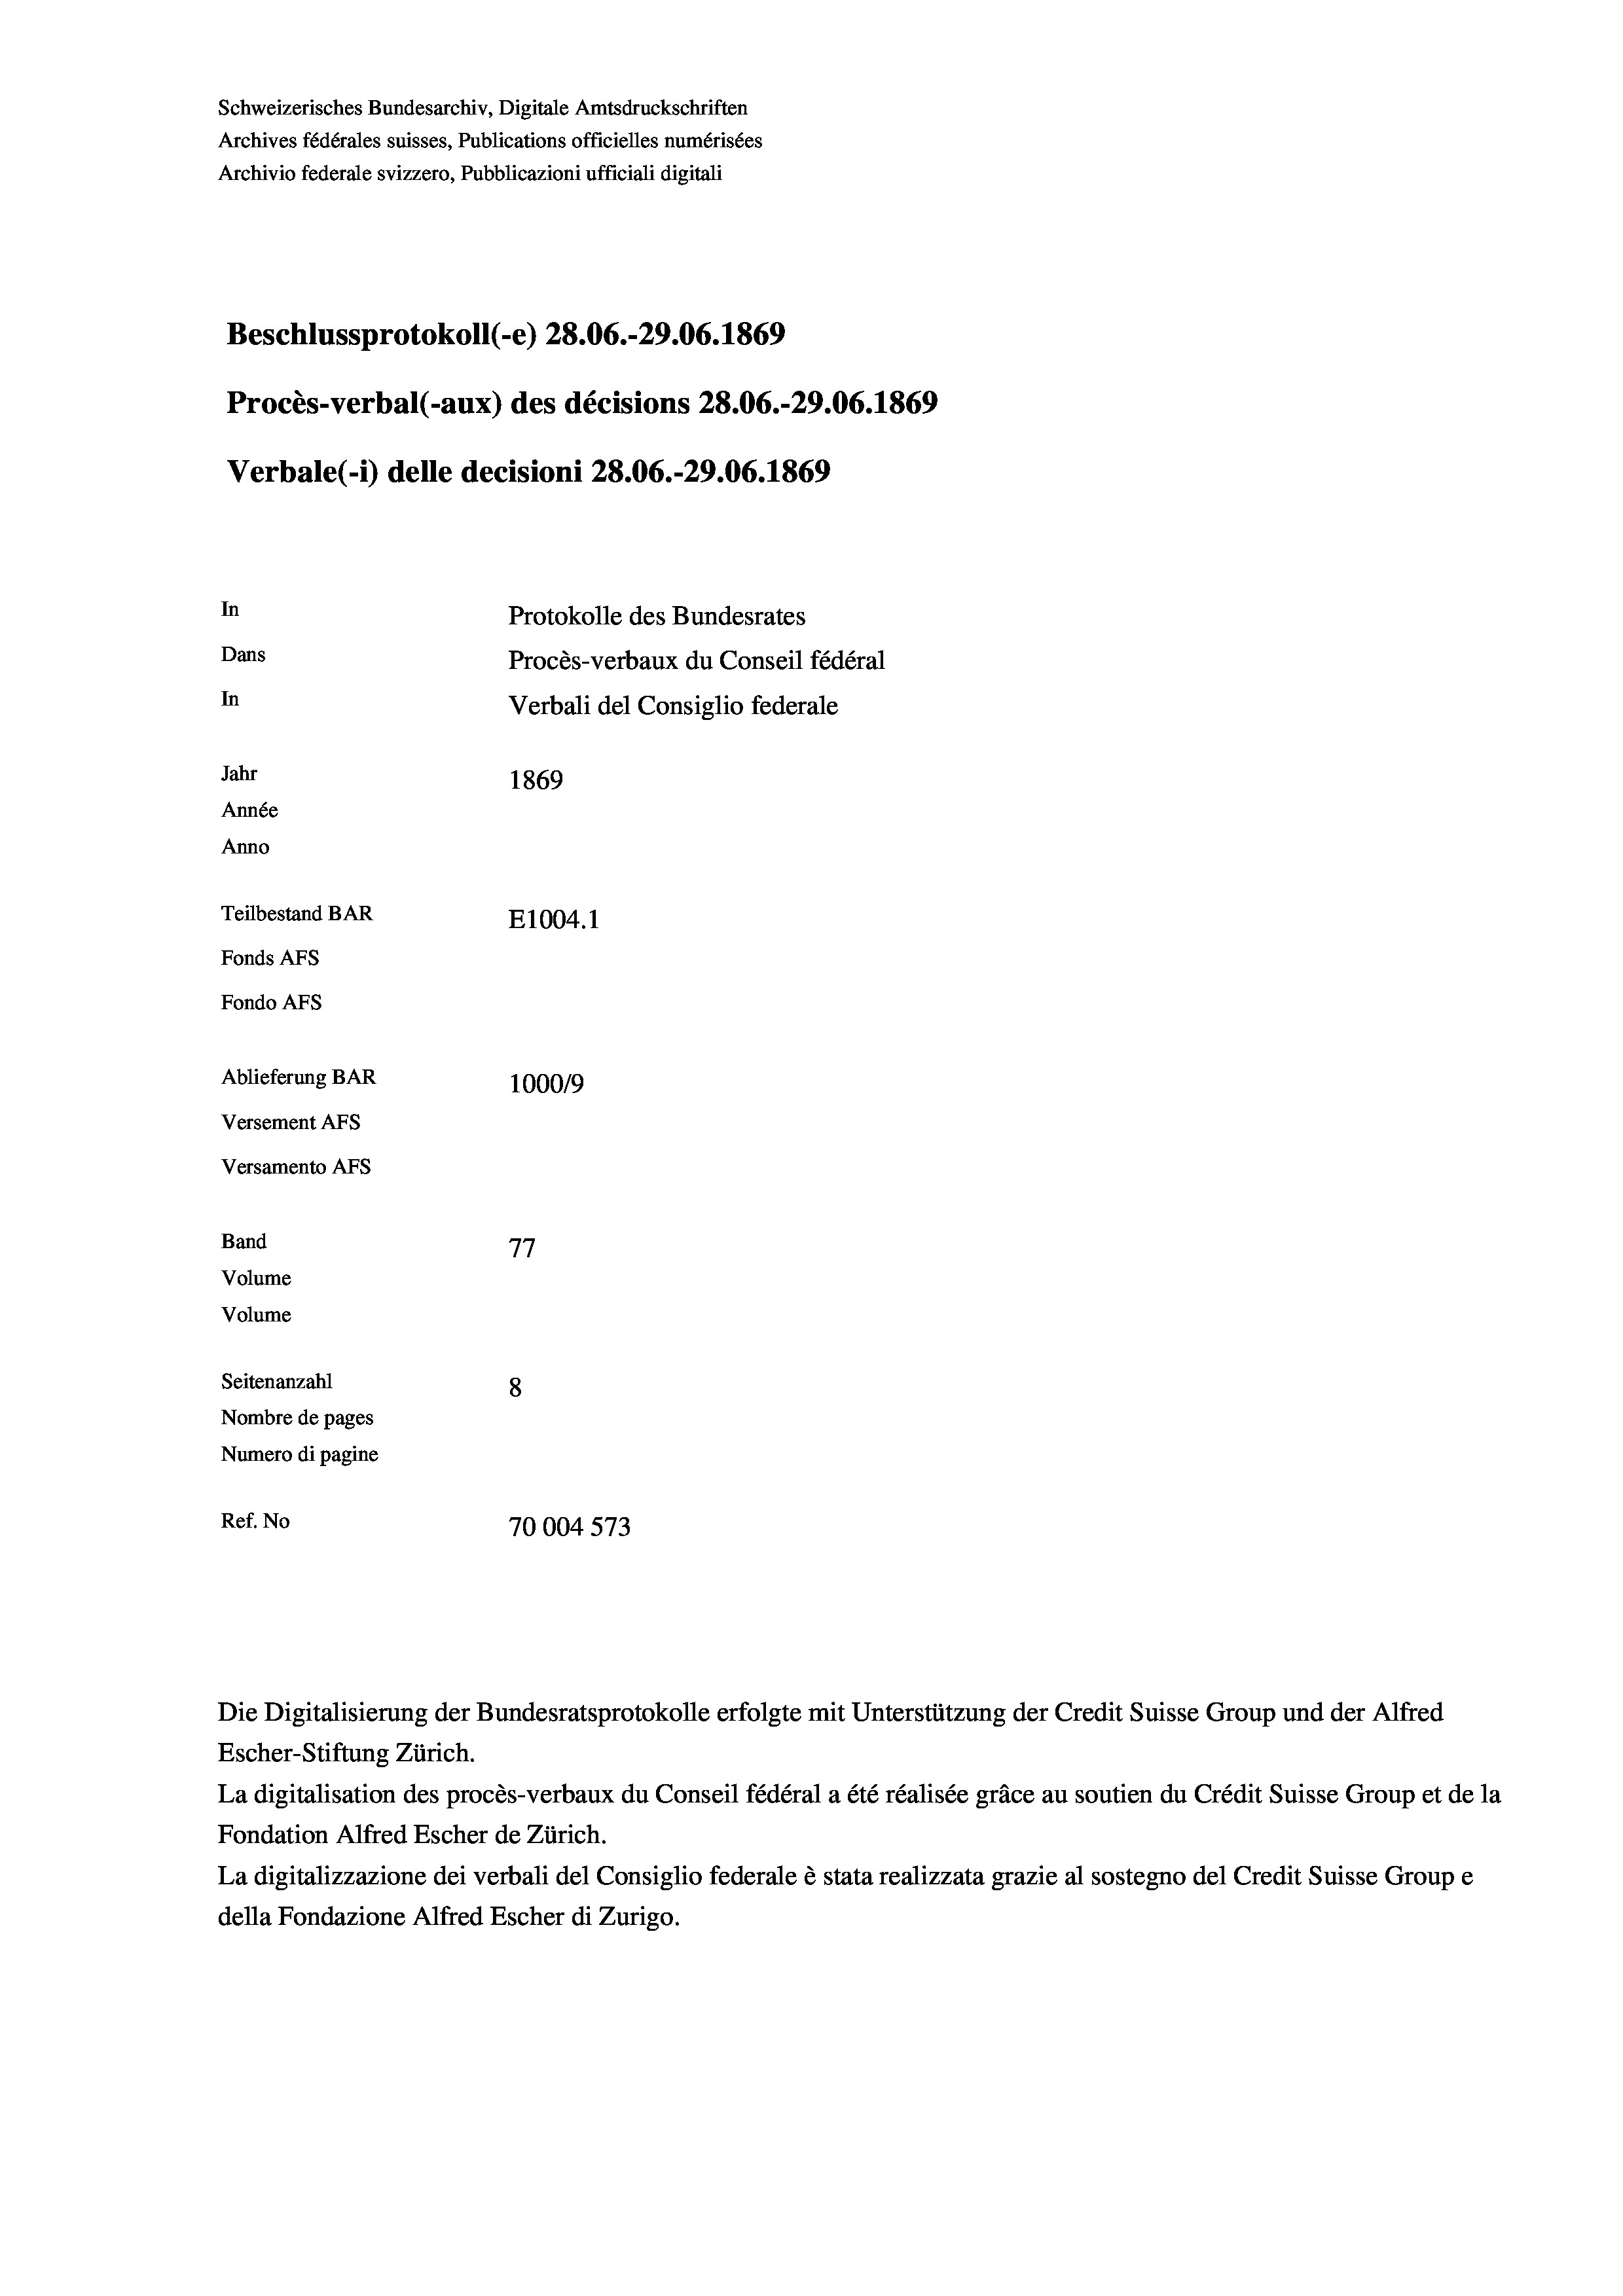
Schweizerisches Bundesarchiv, Digitale Amtsdruckschriften
Archives fédérales suisses, Publications officielles numérisées
Archivio federale svizzero, Pubblicazioni ufficiali digitali

Procès-verbal (-aux) des décisions 28.06.-29.06. 1869
In
Protokolle des Bundesrates
Dans
Procès-verbaux du Conseil fédéral
In
Verbali del Consiglio federale
Jahr
1869
Année
Anno
Teilbestand BAR
E1004. 1
Fonds AFs
Fondo AFS
Ablieferung BAR
100019
Versement AFs
Versamento Afs

Band
Volume
Volume

Beschlussprotokoll (-e) 28.06.-29.06. 1869

Verbale (i) delle decisioni 28.06.-29.06. 1869

77
Seitenanzahl
8
Nombre de pages
Numero di pagine
Ref. No
70004 573

Die Digitalisierung der Bundesratsprotokolle erfolgte mit Unterstützung der Credit Suisse Group und der Alfred
Escher-Stiftung Zürich.
La digitalisation des procès-verbaux du Conseil fédéral a été réalisée gräce au soutien du Crédit Suisse Group et de la
Fondation Alfred Escher de Zürich.
La digitalizzazione dei verbali del Consiglio federale è stata realizzata grazie al sostegno del Credit Suisse Groupe
della Fondazione Alfred Escher di Zurigo.